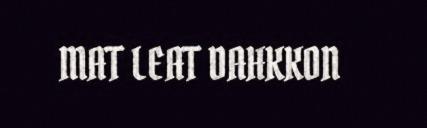
MAT LEAT DAHKKON